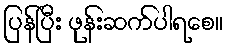
ပြန်ပြီး ဖုန်းဆက်ပါရစေ။